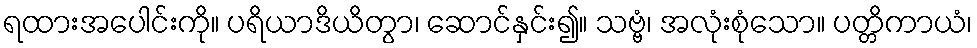
ရထားအပေါင်းကို။ ပရိယာဒိယိတွာ၊ ဆောင်နှင်း၍။ သဗ္ဗံ၊ အလုံးစုံသော။ ပတ္တိကာယံ၊